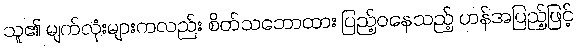
သူ၏ မျက်လုံးများကလည်း စိတ်သဘောထား ပြည့်ဝနေသည့် ဟန်အပြည့်ဖြင့်